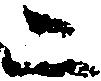
二